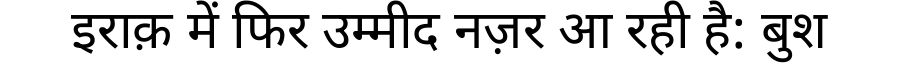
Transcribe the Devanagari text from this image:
इराक़ में फिर उम्मीद नज़र आ रही है: बुश